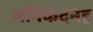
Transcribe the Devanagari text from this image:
मनिकदनह